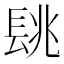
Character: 𨱵